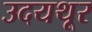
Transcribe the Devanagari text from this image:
उदयथूर